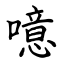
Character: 噫